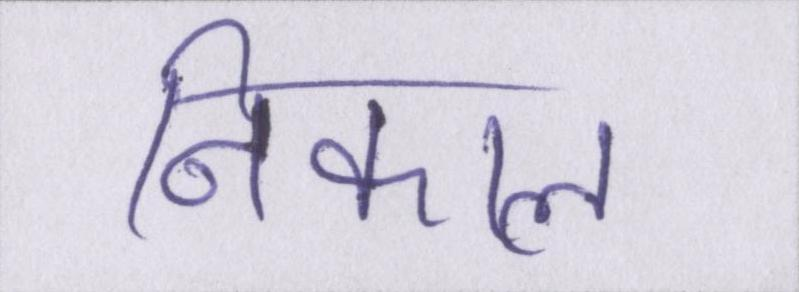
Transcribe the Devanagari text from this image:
निकाल